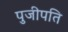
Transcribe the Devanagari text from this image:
पुजीपति